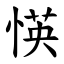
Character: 愥